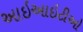
આઇઆઇટીઓ